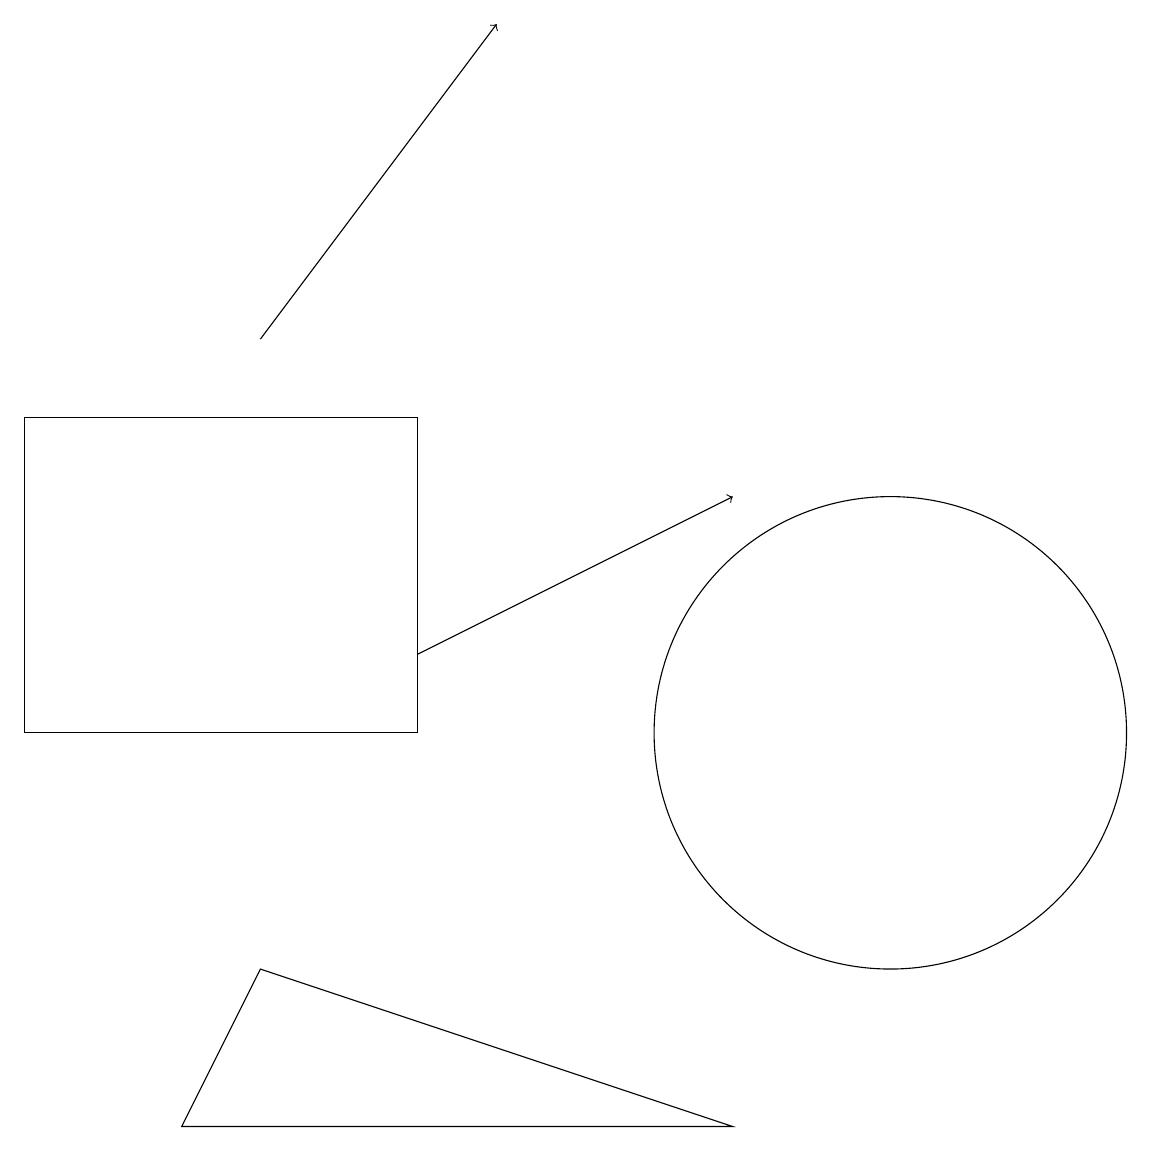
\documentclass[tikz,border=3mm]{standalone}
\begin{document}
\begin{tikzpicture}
\draw (11,10) circle (3);
\draw[->] (3,15) -- (6,19);
\draw (0,14) rectangle (5,10);
\draw[->] (5,11) -- (9,13);
\draw (3,7) -- (9,5) -- (2,5) -- cycle;
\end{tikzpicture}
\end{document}